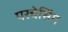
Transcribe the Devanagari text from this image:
परचेसिंग